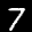
Label: 7